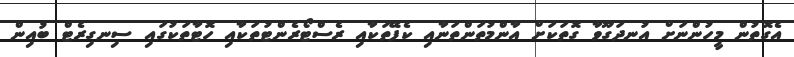
އެގޮތުން މީހުންނަށް އުނދަގޫވާ ގޮތަކަށް އާންމުތަންތަނާއި ކެފޭތަކާއި ރެސްޓޯރެންޓުތަކާއި ހޮޓާތަކުގައި ސިނގިރެޓް ބުއިން